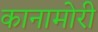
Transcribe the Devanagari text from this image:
कानामोरी